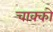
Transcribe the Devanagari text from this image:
चाक्को